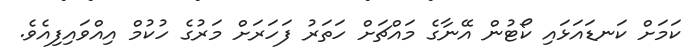
ކަމަށް ކަނޑައަޅައި ކޯޓުން އޭނާގެ މައްޗަށް ހަތަރު ފަހަރަށް މަރުގެ ހުކުމް އިއްވައިފިއެވެ.